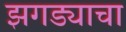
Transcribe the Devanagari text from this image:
झगड्याचा